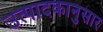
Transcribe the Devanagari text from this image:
उत्पादकानुसार